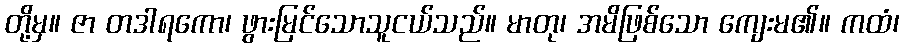
တို့မှ။ ဇာ တဒါရကော၊ ဖွားမြင်သောသူငယ်သည်။ မာတု၊ အမိဖြစ်သော ကျေးမ၏။ ကထံ၊